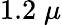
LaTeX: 1.2\; \mu